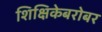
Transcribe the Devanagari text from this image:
शिक्षिकेबरोबर